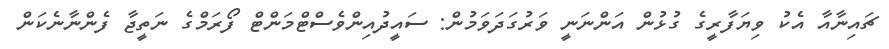
ޗައިނާއާ އެކު ވިޔަފާރީގެ ގުޅުން އަންނަނީ ވަރުގަދަވަމުން: ސައީދުއިންވެސްޓްމަންޓް ފޯރަމްގެ ނަތީޖާ ފެންނާނެކަން